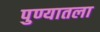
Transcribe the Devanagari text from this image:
पुण्यातला